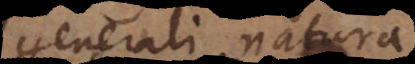
generali natura